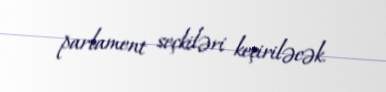
parlament seçkiləri keçiriləcək.